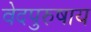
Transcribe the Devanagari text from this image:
वेदपुरुषाय